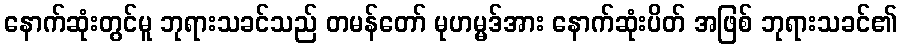
နောက်ဆုံးတွင်မူ ဘုရားသခင်သည် တမန်တော် မုဟမ္မဒ်အား နောက်ဆုံးပိတ် အဖြစ် ဘုရားသခင်၏